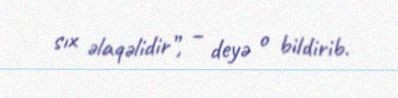
sıx əlaqəlidir”, – deyə o bildirib.